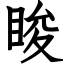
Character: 睃